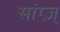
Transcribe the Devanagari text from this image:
सांग्ज़्‌